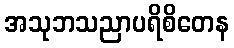
အသုဘသညာပရိစိတေန